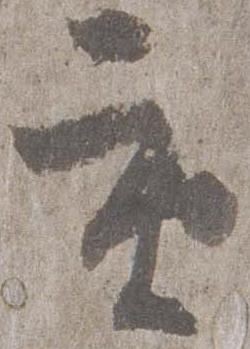
重